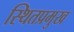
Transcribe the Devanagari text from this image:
स्थितप्रमुख